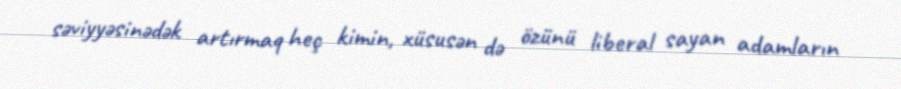
səviyyəsinədək artırmaq heç kimin, xüsusən də özünü liberal sayan adamların